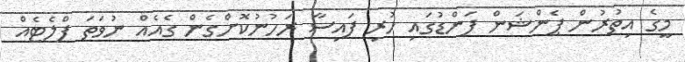
މީގެ އިތުރުން ޕެންޝަން ފަންޑުގައި ހުރި ފައިސާ ރަހުނުކޮށްގެން ގެއެއް ނުވަތަ ފްލެޓެއް